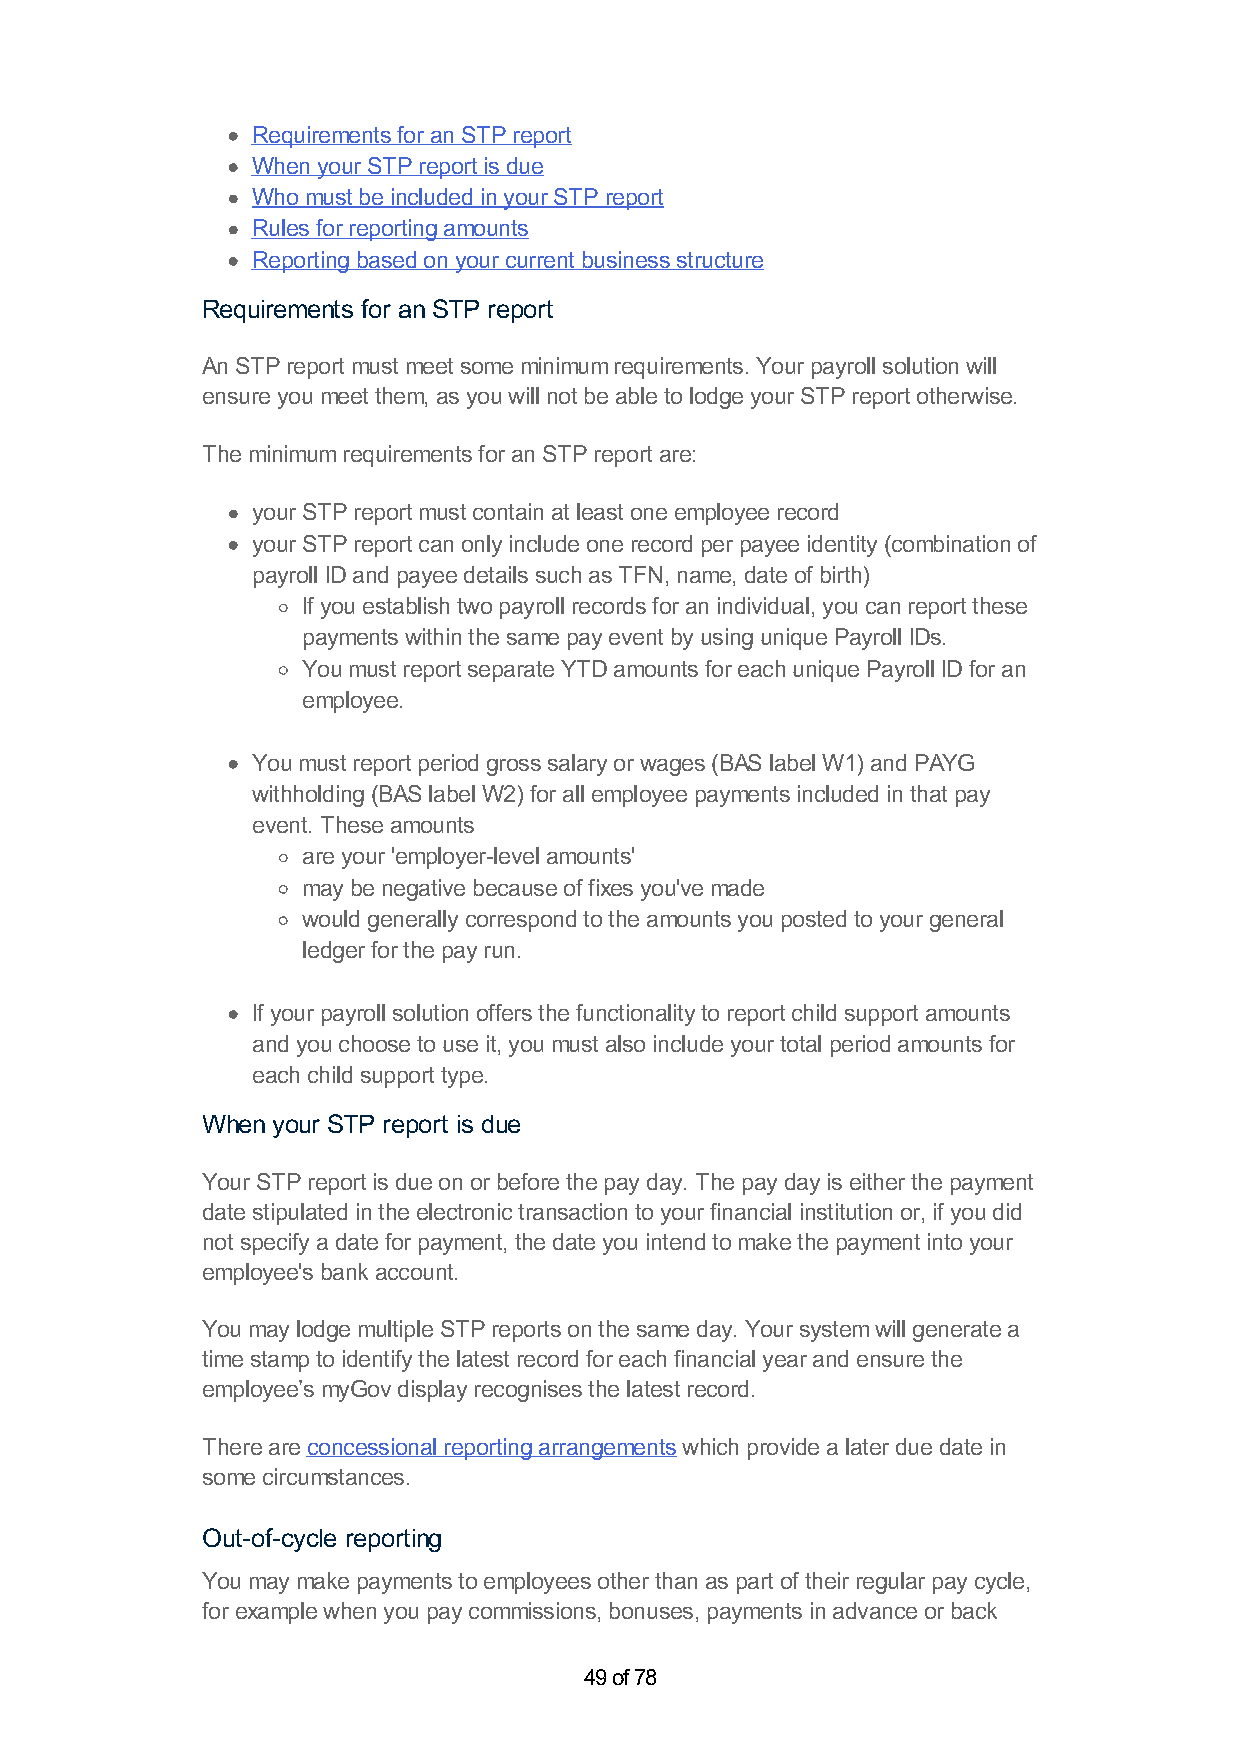
Requirements for an STP report
 When your STP report is due
 Who must be included in your STP report
 Rules for reporting amounts
 Reporting based on your current business structure
 Requirements for an STP report
 An STP report must meet some minimum requirements. Your payroll solution will
 ensure you meet them, as you will not be able to lodge your STP report otherwise.
 The minimum requirements for an STP report are:
 your STP report must contain at least one employee record
 your STP report can only include one record per payee identity (combination of
 payroll ID and payee details such as TFN, name, date of birth)
 If you establish two payroll records for an individual, you can report these
 payments within the same pay event by using unique Payroll IDs.
 You must report separate YTD amounts for each unique Payroll ID for an
 employee.
 You must report period gross salary or wages (BAS label W1) and PAYG
 withholding (BAS label W2) for all employee payments included in that pay
 event. These amounts
 are your 'employer-level amounts'
 may be negative because of fixes you've made
 would generally correspond to the amounts you posted to your general
 ledger for the pay run.
 If your payroll solution offers the functionality to report child support amounts
 and you choose to use it, you must also include your total period amounts for
 each child support type.
 When your STP report is due
 Your STP report is due on or before the pay day. The pay day is either the payment
 date stipulated in the electronic transaction to your financial institution or, if you did
 not specify a date for payment, the date you intend to make the payment into your
 employee's bank account.
 You may lodge multiple STP reports on the same day. Your system will generate a
 time stamp to identify the latest record for each financial year and ensure the
 employee’s myGov display recognises the latest record.
 There are concessional reporting arrangements which provide a later due date in
 some circumstances.
 Out-of-cycle reporting
 You may make payments to employees other than as part of their regular pay cycle,
 for example when you pay commissions, bonuses, payments in advance or back
 49 of 78